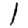
Digit: 1